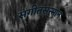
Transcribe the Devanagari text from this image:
संगीतसन्मान